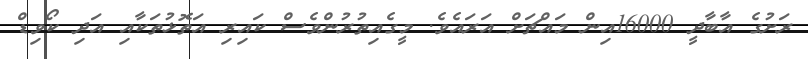
ރަށުގެ އާބާދީ 16000އިން މައްޗަށް އަރައެވެ. މީގެއިތުރުންވެސް ކައިރި އަތޮޅުތަކާއި އަދި ކޯވިޑް